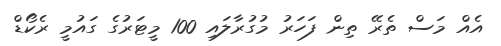
އެއް މަސް ތެރޭ ތިން ފަހަރު މުގުރާލައި 100 މީޓަރުގެ ގައުމީ ރެކޯޑް